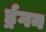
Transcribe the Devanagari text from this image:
र्ड्रगन